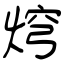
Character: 焪